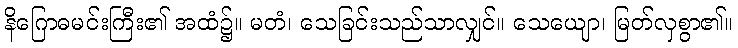
နိဂြောဓမင်းကြီး၏ အထံ၌။ မတံ၊ သေခြင်းသည်သာလျှင်။ သေယျော၊ မြတ်လှစွာ၏။